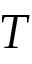
T